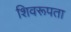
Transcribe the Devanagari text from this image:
शिवरूपता